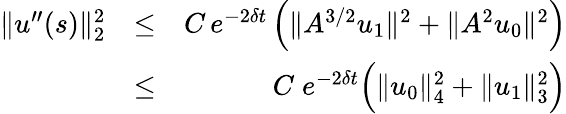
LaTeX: \begin{array}{rlr}{\| u^{\prime\prime}(s)\| _{2}^{2}}&{\leq}&{C\, e^{-2\delta t}\, \Big(\| A^{3/2}u_{1}\| ^{2}+\| A^{2}u_{0}\| ^{2}\Big)}\\ &{\leq}&{C\; e^{-2\delta t}\Big(\| u_{0}\| _{4}^{2}+\| u_{1}\| _{3}^{2}\Big)}\end{array}